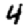
Digit: 4